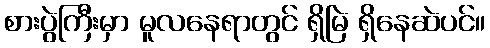
စားပွဲကြီးမှာ မူလနေရာတွင် ရှိမြဲ ရှိနေဆဲပင်။